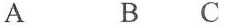
A B C